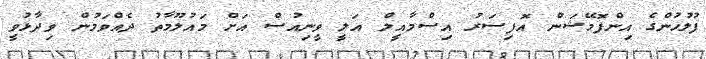
ފުލުހުންގެ އިންފޮމޭޝަން އޮފިސަރު އިސްމާއީލް އަލީ ވީނިއުސް އަށް މައުލޫމާތު ދެއްވަމުން ވިދާޅުވީ